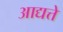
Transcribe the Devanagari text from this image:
आद्यत्ते